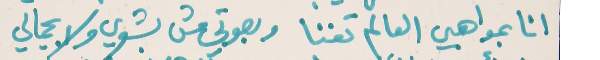
انا بمواهبي العالم تغنا   وبصوتي من بشعري ولا بجمالي